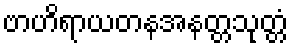
ဗာဟိရာယတနအနတ္တသုတ္တံ